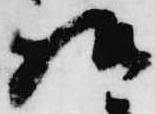
様